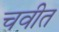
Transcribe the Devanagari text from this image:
चवीत